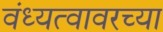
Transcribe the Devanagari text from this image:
वंध्यत्वावरच्या